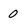
Character: 0